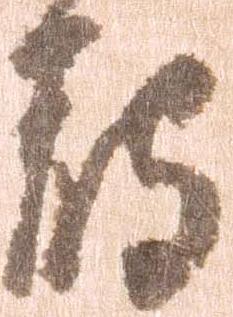
触